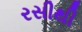
રસીથી